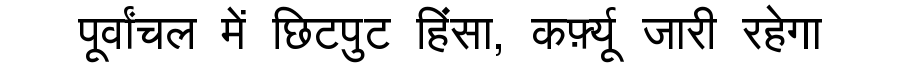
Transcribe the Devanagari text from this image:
पूर्वांचल में छिटपुट हिंसा, कर्फ़्यू जारी रहेगा